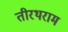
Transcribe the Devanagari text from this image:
तीरथराम